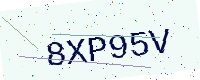
Text: 8XP95V